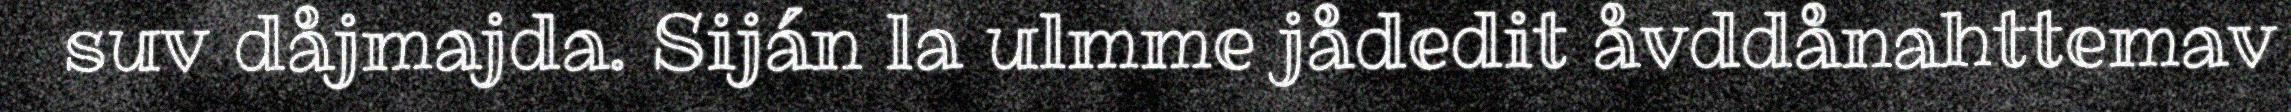
suv dåjmajda. Siján la ulmme jådedit åvddånahttemav